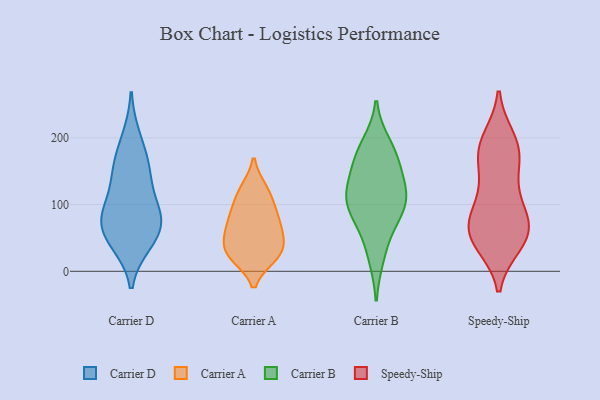
{"axis": {"x": "Temperature (°C)", "y": "Value"}, "legend": ["Carrier A", "Carrier B", "Carrier D", "Speedy-Ship"], "data": [{"x": "", "y": 164, "type": "Carrier D"}, {"x": "", "y": 46, "type": "Carrier D"}, {"x": "", "y": 200, "type": "Carrier D"}, {"x": "", "y": 59, "type": "Carrier D"}, {"x": "", "y": 88, "type": "Carrier D"}, {"x": "", "y": 95, "type": "Carrier D"}, {"x": "", "y": 140, "type": "Carrier D"}, {"x": "", "y": 80, "type": "Carrier D"}, {"x": "", "y": 43, "type": "Carrier D"}, {"x": "", "y": 77, "type": "Carrier D"}, {"x": "", "y": 150, "type": "Carrier D"}, {"x": "", "y": 56, "type": "Carrier A"}, {"x": "", "y": 56, "type": "Carrier A"}, {"x": "", "y": 71, "type": "Carrier A"}, {"x": "", "y": 93, "type": "Carrier A"}, {"x": "", "y": 123, "type": "Carrier A"}, {"x": "", "y": 25, "type": "Carrier A"}, {"x": "", "y": 75, "type": "Carrier A"}, {"x": "", "y": 97, "type": "Carrier A"}, {"x": "", "y": 26, "type": "Carrier A"}, {"x": "", "y": 43, "type": "Carrier A"}, {"x": "", "y": 24, "type": "Carrier A"}, {"x": "", "y": 22, "type": "Carrier A"}, {"x": "", "y": 122, "type": "Carrier A"}, {"x": "", "y": 119, "type": "Carrier B"}, {"x": "", "y": 91, "type": "Carrier B"}, {"x": "", "y": 114, "type": "Carrier B"}, {"x": "", "y": 61, "type": "Carrier B"}, {"x": "", "y": 97, "type": "Carrier B"}, {"x": "", "y": 174, "type": "Carrier B"}, {"x": "", "y": 144, "type": "Carrier B"}, {"x": "", "y": 189, "type": "Carrier B"}, {"x": "", "y": 22, "type": "Carrier B"}, {"x": "", "y": 167, "type": "Carrier B"}, {"x": "", "y": 106, "type": "Carrier B"}, {"x": "", "y": 58, "type": "Speedy-Ship"}, {"x": "", "y": 116, "type": "Speedy-Ship"}, {"x": "", "y": 41, "type": "Speedy-Ship"}, {"x": "", "y": 177, "type": "Speedy-Ship"}, {"x": "", "y": 171, "type": "Speedy-Ship"}, {"x": "", "y": 194, "type": "Speedy-Ship"}, {"x": "", "y": 55, "type": "Speedy-Ship"}, {"x": "", "y": 42, "type": "Speedy-Ship"}, {"x": "", "y": 179, "type": "Speedy-Ship"}, {"x": "", "y": 50, "type": "Speedy-Ship"}, {"x": "", "y": 100, "type": "Speedy-Ship"}, {"x": "", "y": 77, "type": "Speedy-Ship"}, {"x": "", "y": 69, "type": "Speedy-Ship"}, {"x": "", "y": 79, "type": "Speedy-Ship"}, {"x": "", "y": 143, "type": "Speedy-Ship"}, {"x": "", "y": 198, "type": "Speedy-Ship"}]}